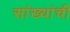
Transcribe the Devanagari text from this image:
सांख्यांची